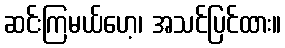
ဆင်းကြမယ်ဟေ့၊ အသင်ပြင်ထား။